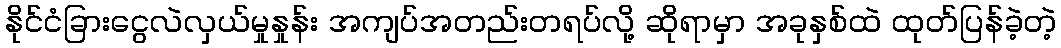
နိုင်ငံခြားငွေလဲလှယ်မှုနှုန်း အကျပ်အတည်းတရပ်လို့ ဆိုရာမှာ အခုနှစ်ထဲ ထုတ်ပြန်ခဲ့တဲ့